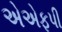
એએફપી